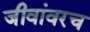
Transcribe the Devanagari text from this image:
जीवांवरच